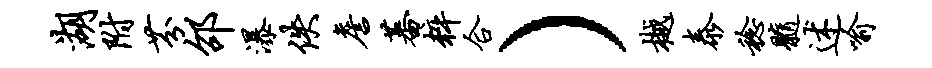
湖附芬邵瀑佚詹蕃粹合）樾泰稔髓述喻